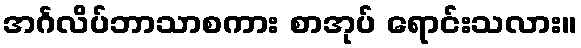
အင်္ဂလိပ်ဘာသာစကား စာအုပ် ရောင်းသလား။